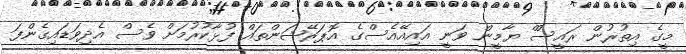
މީގެ އިތުރުން ރައީސްް ޔާމީން ވަނީ އައިއޭއެސްގެ އޮޕަރޭޝަންތައް ފުޅާކުރުމަށް ވެސް އެދިވަޑައިގެންފަ